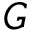
G